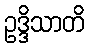
ဥဒ္ဒိသာတိ